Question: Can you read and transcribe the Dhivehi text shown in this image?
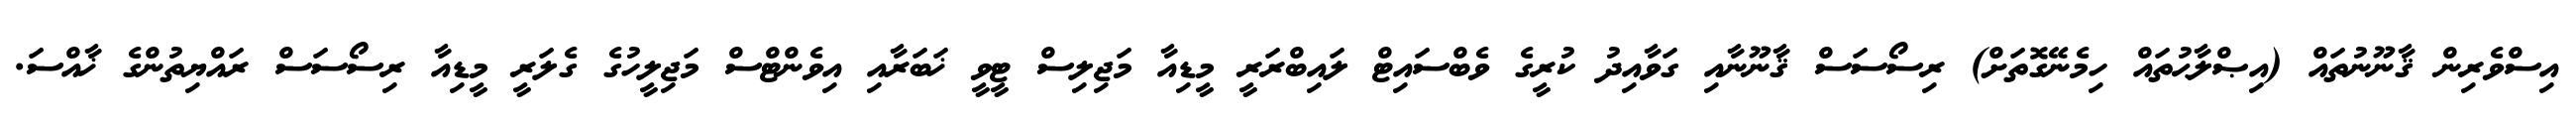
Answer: އިސްވެރިން ޤާނޫނުތައް (އިޞްލާޙުތައް ހިމެނޭގޮތަށް) ރިސޯސަސް ޤާނޫނާއި ގަވާއިދު ކުރީގެ ވެބްސައިޓް ލައިބްރަރީ މީޑިއާ މަޖިލިސް ޓީވީ ޚަބަރާއި އިވެންޓްސް މަޖިލީހުގެ ގެލަރީ މީޑިއާ ރިސޯސަސް ރައްޔިތުންގެ ޚާއްސަ.